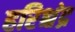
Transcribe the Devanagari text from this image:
हरिश्चंद्र